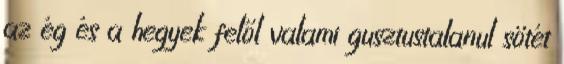
az ég és a hegyek felől valami gusztustalanul sötét